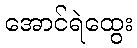
အောင်ရဲထွေး